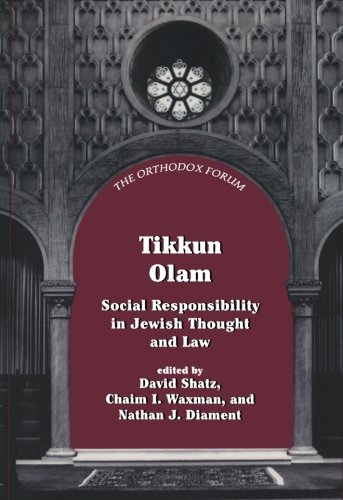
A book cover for Tikkun Olam: Social Responsibility in Jewish Thought and Law (The Orthodox Forum Series); Religion & Spirituality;